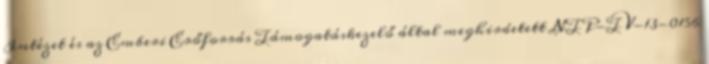
Intézet és az Emberi Erőforrás Támogatáskezelő által meghirdetett NTP-TV-13-0156